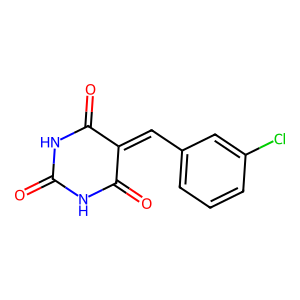
SMILES: O=C1NC(=O)C(=Cc2cccc(Cl)c2)C(=O)N1
Inhibits HIV replication: No